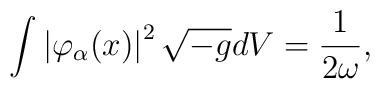
\int \left| \varphi _{\alpha }(x)\right| ^{2}\sqrt{-g}dV=\frac{1}{2\omega },